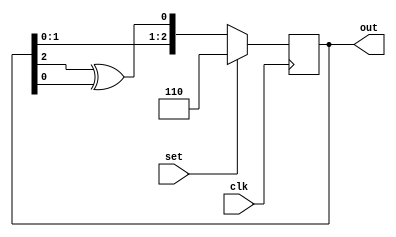
module LFSR (clk,set,out);
input clk,set;
output reg [2:0] out ;
always @(posedge clk)
begin
    if(set)
        out <=3'b110;
    else
        out <= {out[1],out[0],out[2]^out[0]};
end
endmodule